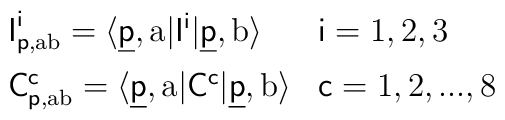
\begin{array}{ll}{\sf I}^{\sf i}_{{\sf p},{\rm ab}}=\langle\underline{\sf p},{\rm a}|        {\sf I}^{\sf i}|\underline{\sf p},{\rm b}\rangle & {\sf i}=1,2,3 \\[2mm]{\sf C}^{\sf c}_{{\sf p},{\rm ab}}=\langle\underline{\sf p},{\rm a}|{\sf C}^{\sf c}|\underline{\sf p},{\rm b}\rangle & {\sf c}=1,2, ..., 8\end{array}\hskip7cm